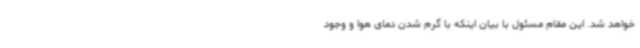
خواهد شد. این مقام مسئول با بیان اینکه با گرم شدن دمای هوا و وجود